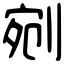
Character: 剜